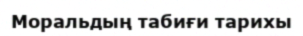
Моральдың табиғи тарихы